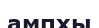
ампхы